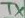
Text: TX